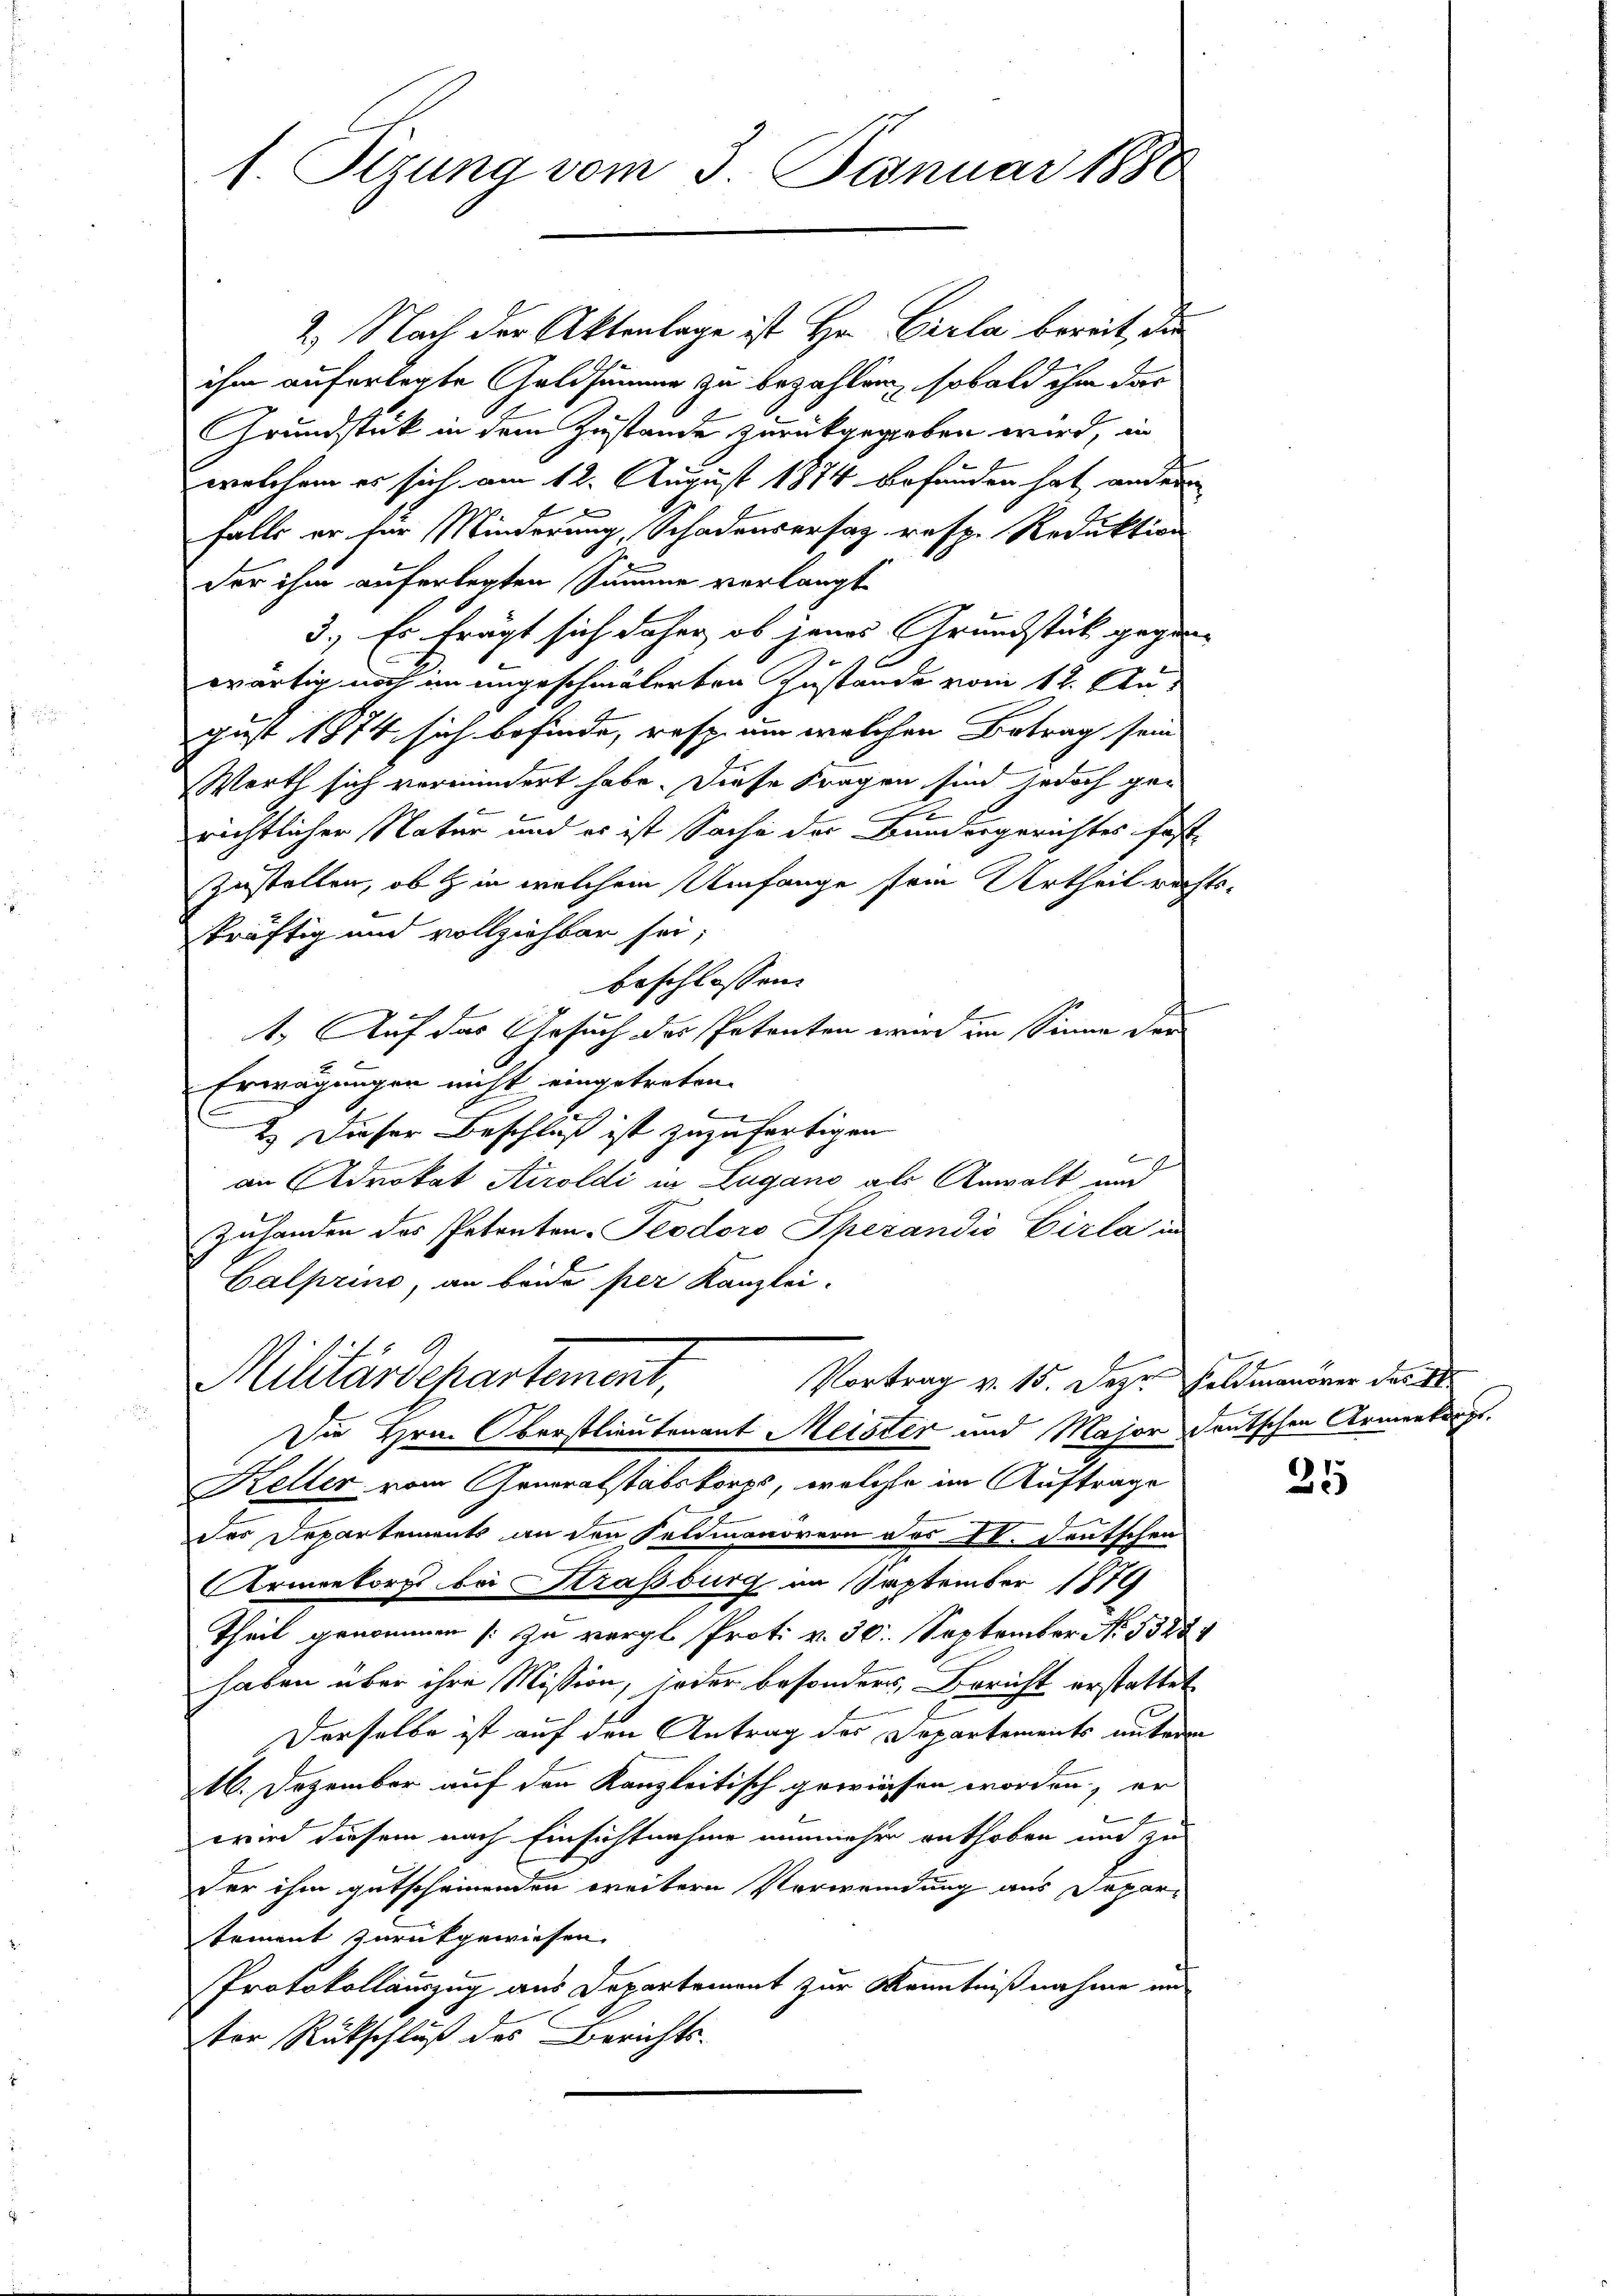
1. Sizung vom 3. Januar 1880

2.) Nach der Aktenlage ist Hr. Cirla bereit, die
ihm auferlegte Geldsumme zu bezahlen, sobald ihm das
Grundstück in dem Zustande zurückgegeben wird, in
welchem es sich am 12. August 1874 befunden hat, anderen
falls er für Minderung, Schadensersatz, resp. Reduktion
der ihm auferlegten Summe verlangt
3. Es frägt sich daher, ob jenes Grundstück gegenwärtig noch im ungeschmälerten Zustande vom 12. August 1874 sich befinde, resp. um welchen Betrag sein
Werth sich vermindert habe. Diese Fragen sind jedoch gerichtlicher Natur und es ist Sache der Bundergerichtes fast-
zustellen, ob in welchem Umfange sein Urtheil richtskräftig und vollziehbar sei;
beschlossen:
t. Auf das Gesuch des Petenten wie im Sinne der
Erwägungen nicht eingetreten.
b
2.) Dieser Beschluß ist zuzufertigen
)
an Advokat Airoldi in Lugano als Anwalt und
Zuhanden des Petenten-Peodoro Spezandio Eirla in
Calprino, an beide per Kanzlei.
Militärdepartement,
Vortrag v. 15. Deze Feldmanöver das S
Die Hrn. Oberstlieutenant Meister und Major deutschen Armenkarpt.
Keller vom Generalstabskorps, welche im Auftrage
des Departements an den Feldmanörern des IV. Deutschen
Armenkorps bei Straßburg im September 1879
Theil genommen [zu vergl. Prot. v. 30. September No. 53284
haben über ihre Mission, jeder besonders, Bericht erstattet
Derselbe ist auf den Antrag des Departements unteren
16. Dezember auf den Kanzleitisch gewiesen worden, er
wird diesem nach Einsichtnahme nunmehr enthoben und zu
der ihm gutscheinenden weitern Verwendung aus Departement zurückgewiesen.
Protokollauszug aus Departement zur Kenntnißnahme und
tor Rückschluß des Berichts-

r

25